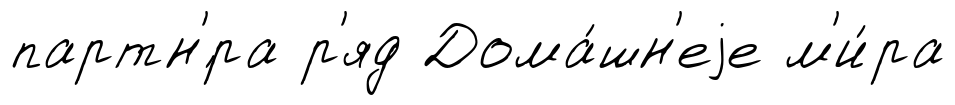
партн'́ра р'яд Дома́шн'еjе м'и́ра